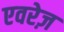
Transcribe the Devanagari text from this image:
एवरेज़